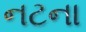
નટના